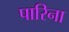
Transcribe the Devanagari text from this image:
पारिना